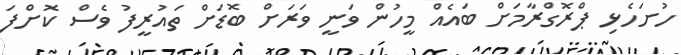
ހުށަހެޅި ޕްރޮގްރާމަށް ބައެއް މީހުން ވަނީ ވަރަށް ބޮޑަށް ތައުރީފު ވެސް ކޮށްފަ